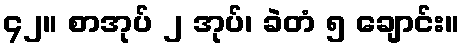
၄၂။ စာအုပ် ၂ အုပ်၊ ခဲတံ ၅ ချောင်း။